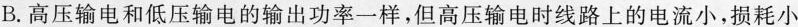
B.高压输电和低压输电的输出功率一样，但高压输电时线路上的电流小，损耗小